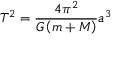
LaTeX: T ^ { 2 } = { \frac { 4 \pi ^ { 2 } } { G \left( m + M \right) } } a ^ { 3 } \,